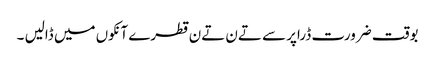
بوقت ضرورت ڈراپر سے تےن تےن قطرے آنکوں میں ڈالیں ۔